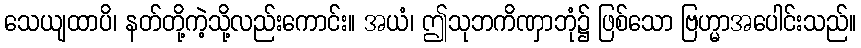
သေယျထာပိ၊ နတ်တို့ကဲ့သို့လည်းကောင်း။ အယံ၊ ဤသုဘကိဏှာဘုံ၌ ဖြစ်သော ဗြဟ္မာအပေါင်းသည်။